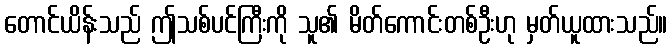
တောင်ယိန်းသည် ဤသစ်ပင်ကြီးကို သူ၏ မိတ်ကောင်းတစ်ဦးဟု မှတ်ယူထားသည်။